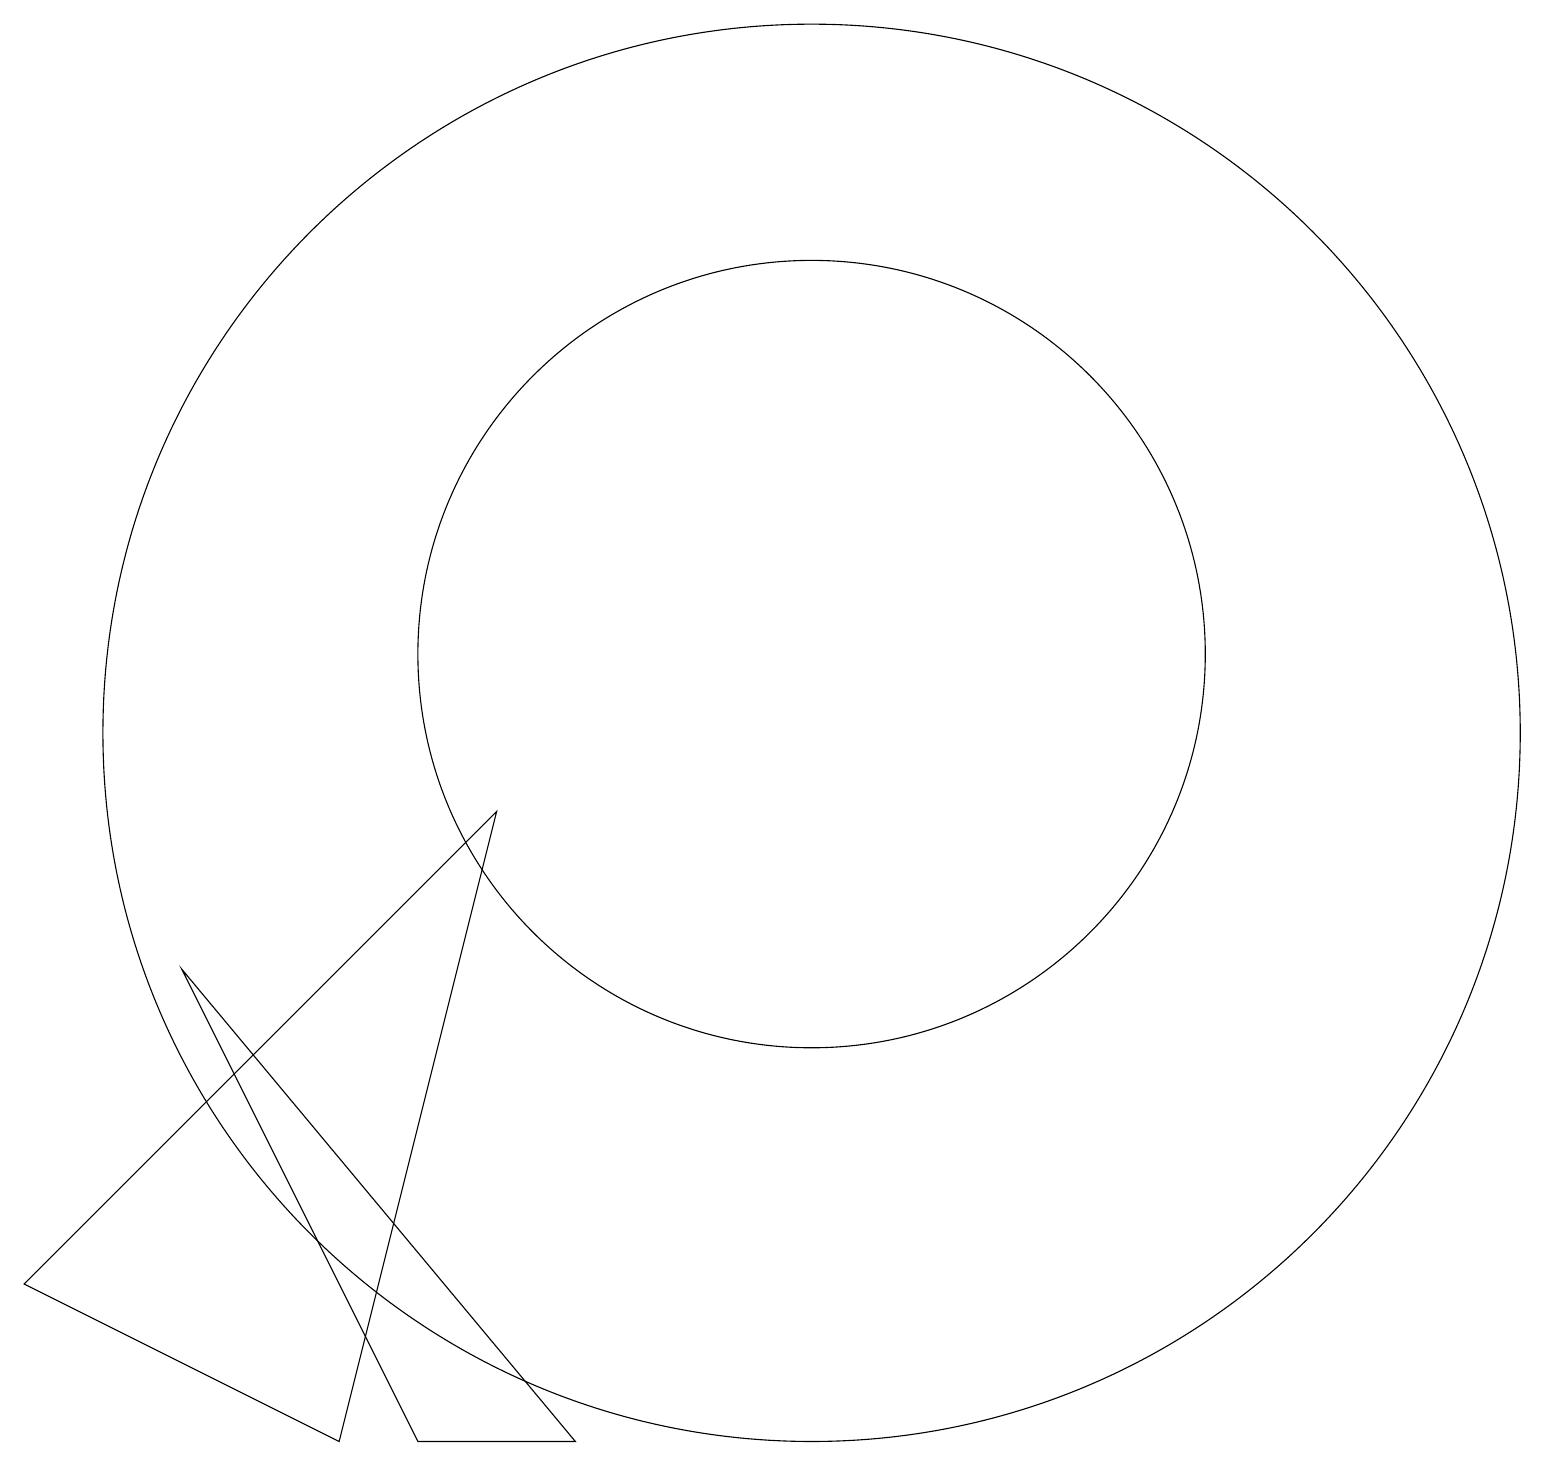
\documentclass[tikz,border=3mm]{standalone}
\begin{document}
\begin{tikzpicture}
\draw (2,7) -- (5,1) -- (7,1) -- cycle;
\draw (10,10) circle (9);
\draw (6,9) -- (0,3) -- (4,1) -- cycle;
\draw (10,11) circle (5);
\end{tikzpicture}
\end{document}